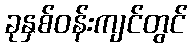
ခုနှစ်ဝန်းကျင်တွင်